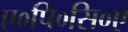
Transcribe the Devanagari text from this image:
ए०पि०सि०ए